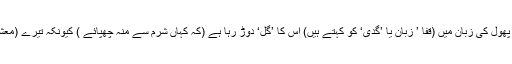
مطلب یہ ہوا کہ بجھتی ہوئی شمع کی طرح پھول کی زبان میں (قفا ’ زبان یا ’گدّی‘ کو کہتے ہیں) اس کا ’گل‘ دوڑ رہا ہے (کہ کہاں شرم سے منہ چھپائے ) کیونکہ تیرے (معشوق کے) جلوے نے اسے یہ دھوکا دیا ہے۔